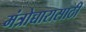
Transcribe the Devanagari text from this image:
मंत्रोच्चारासाठी